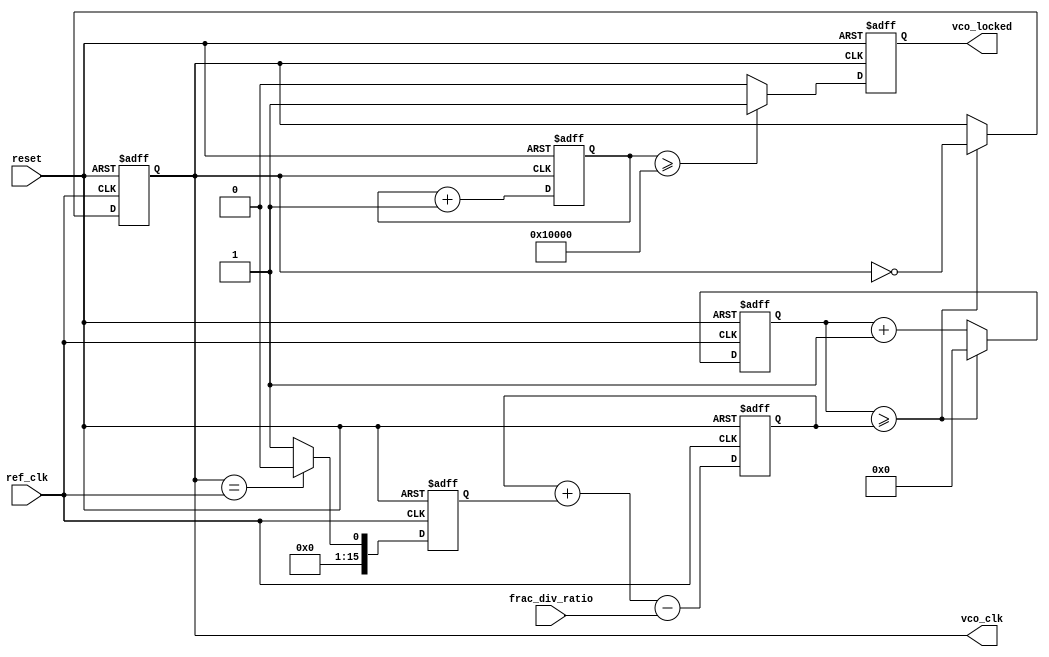
module fractional_PLL (
    input wire ref_clk,               // Reference clock input
    input wire reset,                 // Reset signal
    input wire [15:0] frac_div_ratio, // Fractional division ratio (16-bit example)
    output reg vco_clk,               // Output clock from VCO
    output reg vco_locked              // Lock status output
);

// State Definitions
localparam IDLE = 2'b00, CALIBRATE = 2'b01, LOCKED = 2'b10;

// Registers
reg [15:0] phase_error;               // Phase error from phase detector
reg [15:0] control_voltage;            // Control voltage to the VCO
reg [1:0] state;                       // Current state of the PLL

// Frequency generation variables
reg [31:0] vco_counter;                // Counter for VCO clock generation
reg [31:0] feedback_counter;            // Counter for feedback clock

// VCO frequency generation based on control voltage (example)
always @(posedge ref_clk or posedge reset) begin
    if (reset) begin
        vco_counter <= 0;
        vco_clk <= 0;
    end else begin
        vco_counter <= vco_counter + 1;
        if (vco_counter >= control_voltage) begin
            vco_clk <= ~vco_clk; // Toggle VCO clock
            vco_counter <= 0;    // Reset counter
        end
    end
end

// Phase Detector (PD)
always @(posedge ref_clk or posedge reset) begin
    if (reset) begin
        phase_error <= 0;
    end else begin
        // Simple phase detection logic (to be replaced with actual PD implementation)
        if (vco_clk == ref_clk) begin
            phase_error <= 0; // Aligned
        end else begin
            phase_error <= 1; // Not aligned
        end
    end
end

// Loop Filter (simple implementation)
always @(posedge ref_clk or posedge reset) begin
    if (reset) begin
        control_voltage <= 0;
    end else begin
        control_voltage <= control_voltage + phase_error - frac_div_ratio; // Simple integral control
    end
end

// Feedback mechanism and Lock detection
always @(posedge vco_clk or posedge reset) begin
    if (reset) begin
        feedback_counter <= 0;
        vco_locked <= 0;
        state <= IDLE;
    end else begin
        feedback_counter <= feedback_counter + 1;
        // Simple lock detection logic
        if (feedback_counter >= (1 << 16)) begin // Placeholder condition
            vco_locked <= 1; // Locked
            state <= LOCKED;
        end else begin
            vco_locked <= 0; // Not locked
            state <= CALIBRATE;
        end
    end
end

endmodule